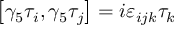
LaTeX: \left[ \gamma _ { 5 } \tau _ { i } , \gamma _ { 5 } \tau _ { j } \right] = i \varepsilon _ { i j k } \tau _ { k }